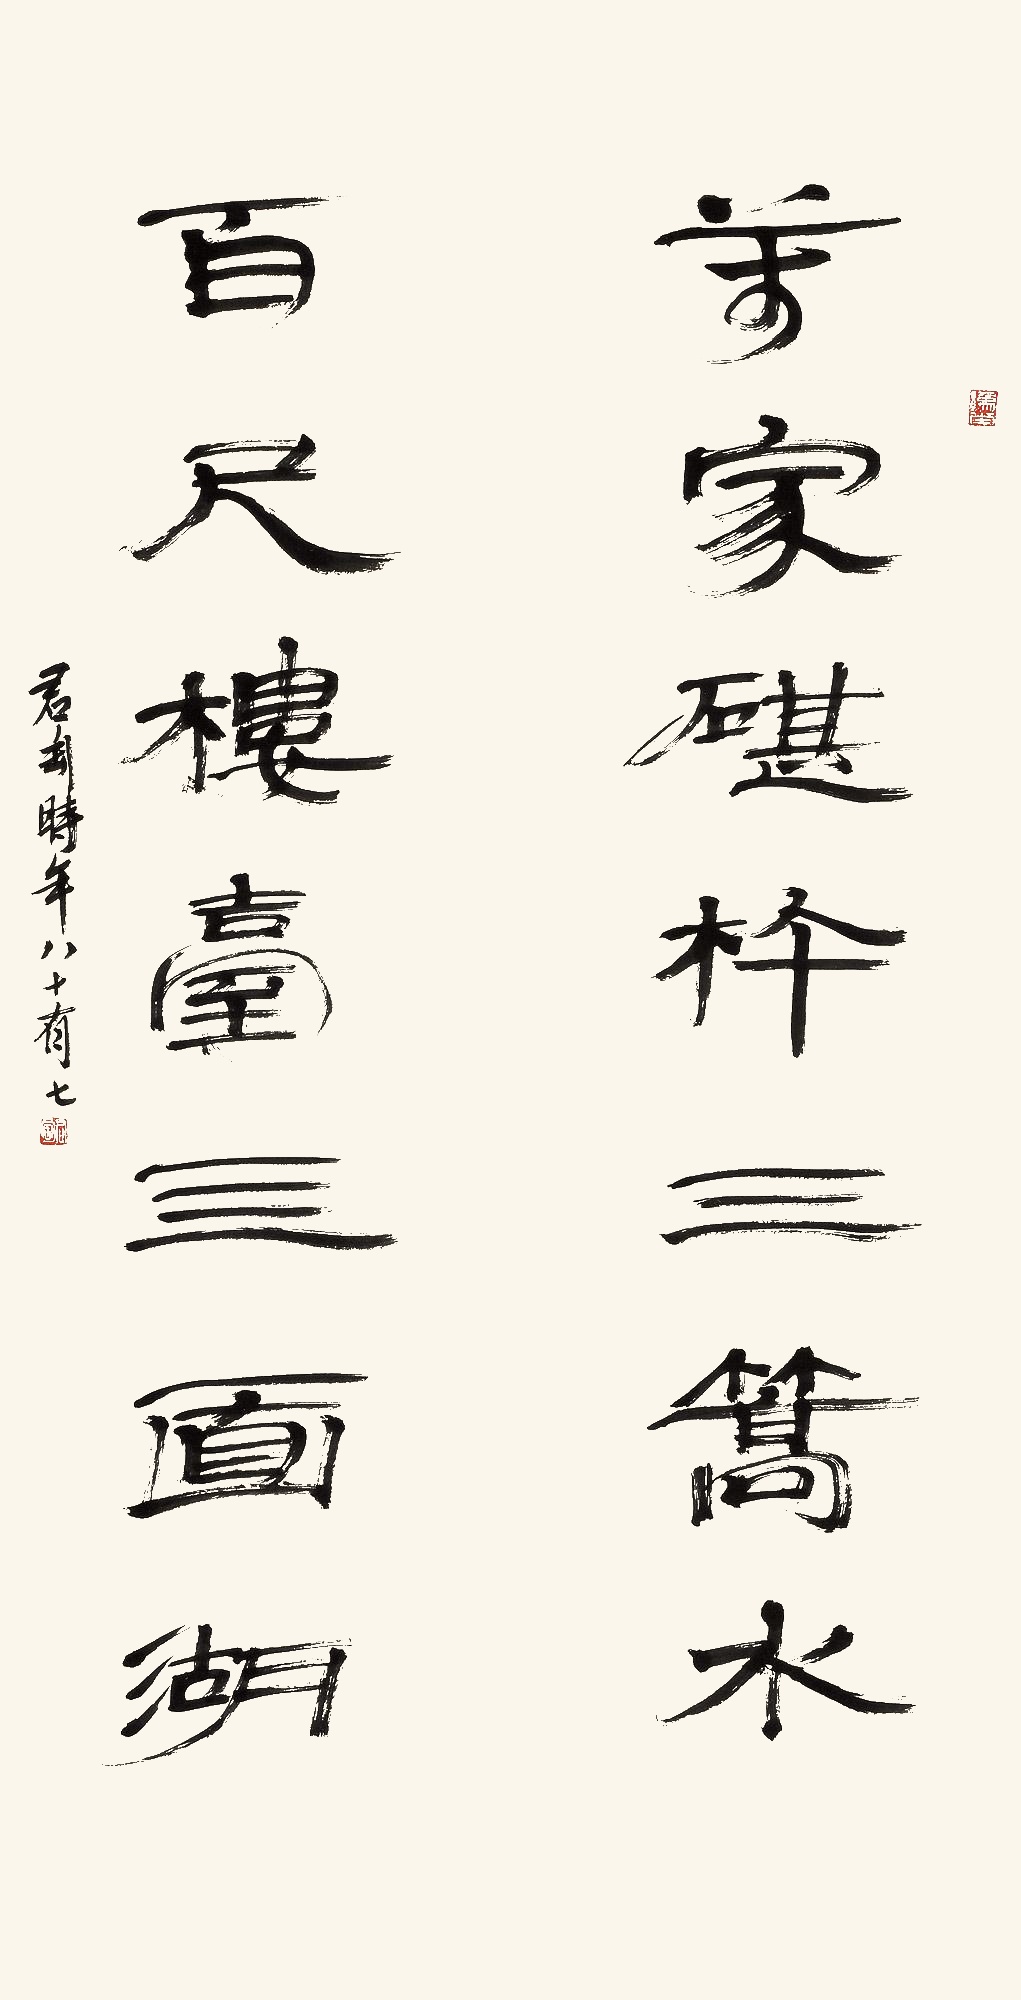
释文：万家砧杵三篙水，百尺楼台三面湖。君匋时年八十有七。